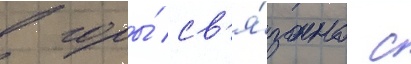
в горы́ св'я́зано с